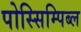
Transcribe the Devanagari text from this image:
पोस्सिम्पिब्ल